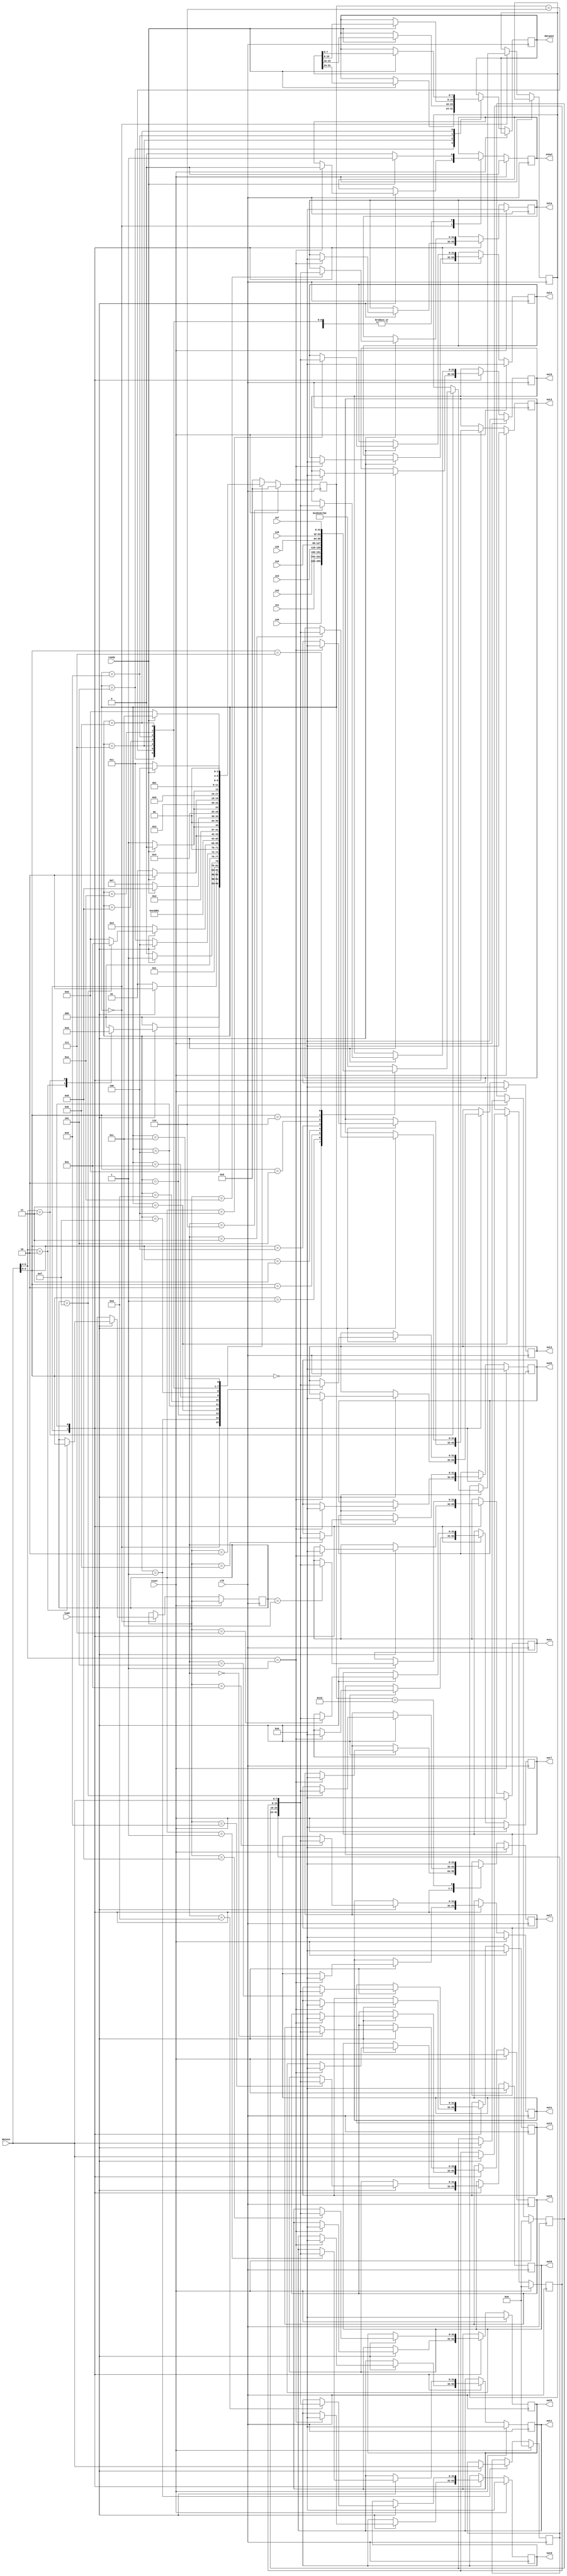
/*

    jca@fe.up.pt

	This Verilog code is property of University of Porto
	Its utilization beyond the scope of the course Digital Systems Design
	(Projeto de Sistemas Digitais) of the Integrated Master in Electrical 
	and Computer Engineering requires explicit authorization from the author.
	
	General purpose I/O ports (32 bits)
	output port "outf" has automatic return to zero after 4 clock cycles
	
	This is the version for PSD 2016/2017: includes the automatic addressing for 
	loading the 2 x 16k x 36 bit coefficient memory.
 
 */
`timescale 1ns/1ps

module ioports16V2018( clk,    // master clock 
                reset,  // master reset, synchronous, active high
                load,   // load enable for din bus
                ready,  // ready to consume dout data
                enout,  // enable loading of dout data
                datain, // data in bus (8 bits)
                dataout,// data out bus (8 bits)
                in0,    // 8 32-bit input ports
                in1,    
                in2,    
                in3,    
                in4,    
                in5,    
                in6,    
                in7,    
                out0,   // 16 32-bit output ports
                out1, 
                out2, 
                out3, 
  			       out4, 
				    out5,   
				    out6,
				    out7,
				    out8,   
				    out9,   
				    outa,
				    outb,
				    outc,   
				    outd,   
				    oute,
				    outf    // port f has automatic return to zero after N clock cycles
				            // N is configured with parameter OUT15_DELAY_OUT (default is 1)
				
           );

// Reset values:					 
parameter INIT_P00 = 32'd0,
          INIT_P01 = 32'd0,					 
          INIT_P02 = 32'd0,					 
          INIT_P03 = 32'd0,					 
          INIT_P04 = 32'd0,					 
          INIT_P05 = 32'd0,					 
          INIT_P06 = 32'd0,					 
          INIT_P07 = 32'd0,					 
          INIT_P08 = 32'd0,
          INIT_P09 = 32'd0,					 
          INIT_P10 = 32'd0,					 
          INIT_P11 = 32'd0,					 
          INIT_P12 = 32'd0,					 
          INIT_P13 = 32'd0,					 
          INIT_P14 = 32'd0,					 
          INIT_P15 = 32'd0,
			 
		  OUT15_DELAY_OUT = 32'd3;

parameter ATLYS_HWID = 32'h2016_1702;			 

input        clk, reset, load, ready;
output       enout;
input  [7:0] datain;
output [7:0] dataout;

input  [31:0] in0, in1, in2, in3, 
              in4, in5, in6, in7;
output [31:0] out0, out1, out2, out3,
              out4, out5, out6, out7,
              out8, out9, outa, outb,
              outc, outd, oute, outf;
				  

// Registers:
reg    [5:0]  state;
reg    [31:0] out0, out1, out2, out3,
              out4, out5, out6, out7,
              out8, out9, outa, outb,
              outc, outd, oute, outf;
reg    [7:0]  dataout;
reg    [7:0]  byte3, byte2, byte1;
reg    [3:0]  nibble4;
reg           enout;
reg    [3:0]  address;
reg    [31:0] datatoout;
reg    [35:0] datatoout36;




// State encoding:
parameter IDLE       = 5'b0,
          WRITECMD   = 5'd1,
          WRITECMD2  = 5'd2,
          WRITECMD3  = 5'd3,
          WRITECMD4  = 5'd4,
          READCMD    = 5'd5,
          READCMD2   = 5'd6,
          READCMD3   = 5'd7,
          READCMD4   = 5'd8,
          READCMD5   = 5'd9,
          READCMD6   = 5'd10,
          READCMD7   = 5'd11,
          READCMD8   = 5'd12,
			 
		    DELAY0     = 5'd13,
		    DELAY1     = 5'd14,
		    DELAY2     = 5'd15,
		    DELAY3     = 5'd16;


// Commands:
parameter RESET      = 3'b001,
          WRITE      = 3'b010,
          READ       = 3'b011,
			 XXXXXX     = 3'b111;



always @(posedge clk)
begin
  if ( reset )
  begin
    out0 <= INIT_P00;
    out1 <= INIT_P01;
    out2 <= INIT_P02;
    out3 <= INIT_P03;
    out4 <= INIT_P04;
    out5 <= INIT_P05;
    out6 <= INIT_P06;
    out7 <= INIT_P07;
    out8 <= INIT_P08;
    out9 <= INIT_P09;
    outa <= INIT_P10;
    outb <= INIT_P11;
    outc <= INIT_P12;
    outd <= INIT_P13;
    oute <= INIT_P14;
    outf <= INIT_P15;
	 
    enout <= 0;
	 byte3 <= 0;
	 byte2 <= 0;
	 byte1 <= 0;
	
	 state <= IDLE; 

  end
  else
  begin
    case ( state )
      IDLE :        begin
                      if ( load )
                        case ( datain[6:4] ) // command
                          RESET : begin      // 001
                                    out0 <= INIT_P00;
                                    out1 <= INIT_P01;
                                    out2 <= INIT_P02;
                                    out3 <= INIT_P03;
                                    out4 <= INIT_P04;
                                    out5 <= INIT_P05;
                                    out6 <= INIT_P06;
                                    out7 <= INIT_P07;
                                    out8 <= INIT_P08;
                                    out9 <= INIT_P09;
                                    outa <= INIT_P10;
                                    outb <= INIT_P11;
                                    outc <= INIT_P12;
                                    outd <= INIT_P13;
                                    oute <= INIT_P14;
                                    outf <= INIT_P15;
												
                                    enout <= 0;
                                    state <= IDLE;
                                  end
											 
                          WRITE : begin   // 010
                                    address <= datain[3:0]; // address of port
                                    state <= WRITECMD;
                                  end
											 
                          READ  : begin   // 011
                                    case ( datain[3:0] )
                                      4'd0: datatoout <= in0;
                                      4'd1: datatoout <= in1;
                                      4'd2: datatoout <= in2;
                                      4'd3: datatoout <= in3;
                                      4'd4: datatoout <= in4;
                                      4'd5: datatoout <= in5;
                                      4'd6: datatoout <= in6;
                                      4'd7: datatoout <= in7;
									           default: datatoout <= ATLYS_HWID;
                                    endcase
                                    state <= READCMD;
                                  end
	 
 						        default : state <= IDLE;
                        endcase
                      else
                        state <= IDLE;
                    end
                    
      WRITECMD:     begin
                     if ( load )           // byte 3 arrived
                     begin
                       byte3 <= datain;       // load byte
                       state <= WRITECMD2;
                     end
                     else
                     begin
                       state <= WRITECMD;  // keep waiting for MS byte
                     end
                    end
					
     WRITECMD2:    begin
                     if ( load )           // byte 2 arrived
                     begin
                       byte2 <= datain;       // load byte 
                       state <= WRITECMD3;
                     end
                     else
                     begin
                       state <= WRITECMD2;  // keep waiting
                     end
                    end

	  WRITECMD3:    begin
                     if ( load )           // byte 1 arrived
                     begin
                       byte1 <= datain;       // load byte 
                       state <= WRITECMD4;
                     end
                     else
                     begin
                       state <= WRITECMD3;  // keep waiting 
                     end
                    end
                    
                    
     WRITECMD4   : begin
                     if ( load )           // LSbyte arrived
                     begin
                       case ( address )
                         0 : out0 <= {byte3, byte2, byte1, datain};
                         1 : out1 <= {byte3, byte2, byte1, datain};
                         2 : out2 <= {byte3, byte2, byte1, datain};
                         3 : out3 <= {byte3, byte2, byte1, datain};
                         4 : out4 <= {byte3, byte2, byte1, datain};
                         5 : out5 <= {byte3, byte2, byte1, datain};
                         6 : out6 <= {byte3, byte2, byte1, datain};
                         7 : out7 <= {byte3, byte2, byte1, datain};
                         8 : out8 <= {byte3, byte2, byte1, datain};
                         9 : out9 <= {byte3, byte2, byte1, datain};
                         10: outa <= {byte3, byte2, byte1, datain};
                         11: outb <= {byte3, byte2, byte1, datain};
                         12: outc <= {byte3, byte2, byte1, datain};
                         13: outd <= {byte3, byte2, byte1, datain};
                         14: oute <= {byte3, byte2, byte1, datain};
                         15: outf <= {byte3, byte2, byte1, datain};
                       endcase
							  
					        if ( address == 4'hF )
							  begin
					          case ( OUT15_DELAY_OUT )
						         32'd1: state <= DELAY3;  // wait 1 clock cycle
						         32'd2: state <= DELAY2;  // wait 2 clock cycles
						         32'd3: state <= DELAY1;  // wait 3 clock cycles
						         32'd4: state <= DELAY0;  // wait 4 clock cycles
							      default: state <= IDLE; // no auto return to zero
						       endcase
							  end
							  else
							    state <= IDLE;
							end
					     else
                      state <= WRITECMD4;  // keep waiting for LS byte
                  end
					
      DELAY0      : state <= DELAY1;					
                    
      DELAY1      : state <= DELAY2;					
                    
      DELAY2      : state <= DELAY3;					
                    
      DELAY3      : begin
	                  outf <= 0;
	                  state <= IDLE;					
					     end
                    
      READCMD     : begin
                      if ( ready )
                      begin
                        dataout <= datatoout[31:24]; // output byte 3
                        enout <= 1;
                        state <= READCMD2;
                      end
                      else
                      begin
                        enout <= 0;
                        state <= READCMD;  // wait for ready
                      end
                    end
                    
      READCMD2    : begin              // wait for ready low
                      if ( ready )
                      begin
                        enout <= 1;    // keep enout active until ready is deasserted
                        state <= READCMD2;
                      end
                      else
                      begin
                        enout <= 0;
                        state <= READCMD3;
                      end
                    end
                      
      READCMD3    : begin
                      if ( ready )
                      begin
                        dataout <= datatoout[23:16]; // output byte 2
                        enout <= 1;
                        state <= READCMD4;
                      end
                      else
                      begin
                        enout <= 0;
                        state <= READCMD3;  // wait for ready
                      end
                    end
                    
      READCMD4    : begin              // wait for ready low
                      if ( ready )
                      begin
                        enout <= 1;    // keep enout active until ready is deasserted
                        state <= READCMD4;
                      end
                      else
                      begin
                        enout <= 0;
                        state <= READCMD5;
                      end
                    end
                      
      READCMD5    : begin
                      if ( ready )
                      begin
                        dataout <= datatoout[15:8]; // output byte 1
                        enout <= 1;
                        state <= READCMD6;
                      end
                      else
                      begin
                        enout <= 0;
                        state <= READCMD5;  // wait for ready
                      end
                    end
                    
      READCMD6    : begin              // wait for ready low
                      if ( ready )
                      begin
                        enout <= 1;    // keep enout active until ready is deasserted
                        state <= READCMD6;
                      end
                      else
                      begin
                        enout <= 0;
                        state <= READCMD7;
                      end
                    end
                      
      READCMD7    : begin
                      if ( ready )
                      begin
                        dataout <= datatoout[7:0]; // output byte 0
                        enout <= 1;
                        state <= READCMD8;
                      end
                      else
                      begin
                        enout <= 0;
                        state <= READCMD7;  // wait for ready
                      end
                    end
                    
      READCMD8    : begin              // wait for ready low
                      if ( ready )
                      begin
                        enout <= 1;    // keep enout active until ready is deasserted
                        state <= READCMD8;
                      end
                      else
                      begin
                        enout <= 0;
                        state <= IDLE;
                      end
                    end
						  				   						   						   						   						  
      default     : begin
                      state <= IDLE;
                    end
    endcase
  end
end


endmodule